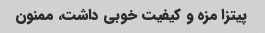
پیتزا مزه و کیفیت خوبی داشت، ممنون